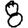
Digit: 8